On the standardisation of anti-typhoid vaccine - Number 21
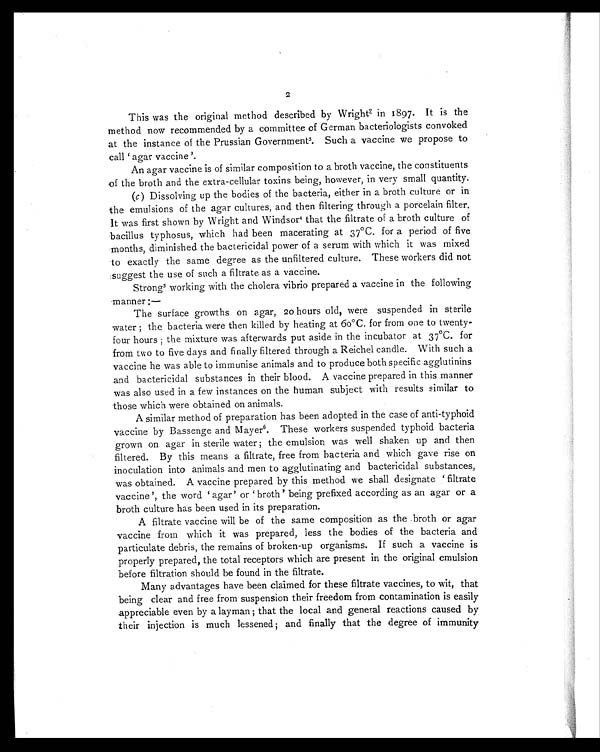
2
This was the original method described by Wright 2 in 1897. It is the
method now recommended by a committee of German bacteriologists convoked
at the instance of the Prussian Government3. Such a vaccine we propose to
call 'agar vaccine'.
An agar vaccine is of similar composition to a broth vaccine, the constituents
of the broth and the extra-cellular toxins being, however, in very small quantity.
(c ) Dissolving up the bodies of the bacteria, either in a broth culture or in
the emulsions of the agar cultures, and then filtering through a porcelain filter.
It was first shown by Wright and Windsor 4 that the filtrate of a broth culture of
bacillus typhosus, which had been macerating at 37°C. for a period of five
months, diminished the bactericidal power of a serum with which it was mixed
to exactly the same degree as the unfiltered culture. These workers did not
suggest the use of such a filtrate as a vaccine.
Strong 5 working with the cholera vibrio prepared a vaccine in the following
manner :—
The surface growths on agar, 20 hours old, were suspended in sterile
water ; the bacteria were then killed by heating at 60°C. for from one to twenty-
four hours ; the mixture was afterwards put aside in the incubator at 37°C. for
from two to five days and finally filtered through a Reichel candle. With such a
vaccine he was able to immunise animals and to produce both specific agglutinins
and bactericidal substances in their blood. A vaccine prepared in this manner
was also used in a few instances on the human subject with results similar to
those which were obtained on animals.
A similar method of preparation has been adopted in the case of anti-typhoid
vaccine by Bassenge and Mayer 6. These workers suspended typhoid bacteria
grown on agar in sterile water ; the emulsion was well shaken up and then
filtered. By this means a filtrate, free from bacteria and which gave rise on
inoculation into animals and men to agglutinating and bactericidal substances,
was obtained. A vaccine prepared by this method we shall designate 'filtrate
vaccine', the word 'agar' or 'broth' being prefixed according as an agar or a
broth culture has been used in its preparation.
A filtrate vaccine will be of the same composition as the broth or agar
vaccine from which it was prepared, less the bodies of the bacteria and
particulate debris, the remains of broken-up organisms. If such a vaccine is
properly prepared, the total receptors which are present in the original emulsion
before filtration should be found in the filtrate.
Many advantages have been claimed for these filtrate vaccines, to wit, that
being clear and free from suspension their freedom from contamination is easily
appreciable even by a layman ; that the local and general reactions caused by
their injection is much lessened ; and finally that the degree of immunity